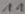
Text: 11